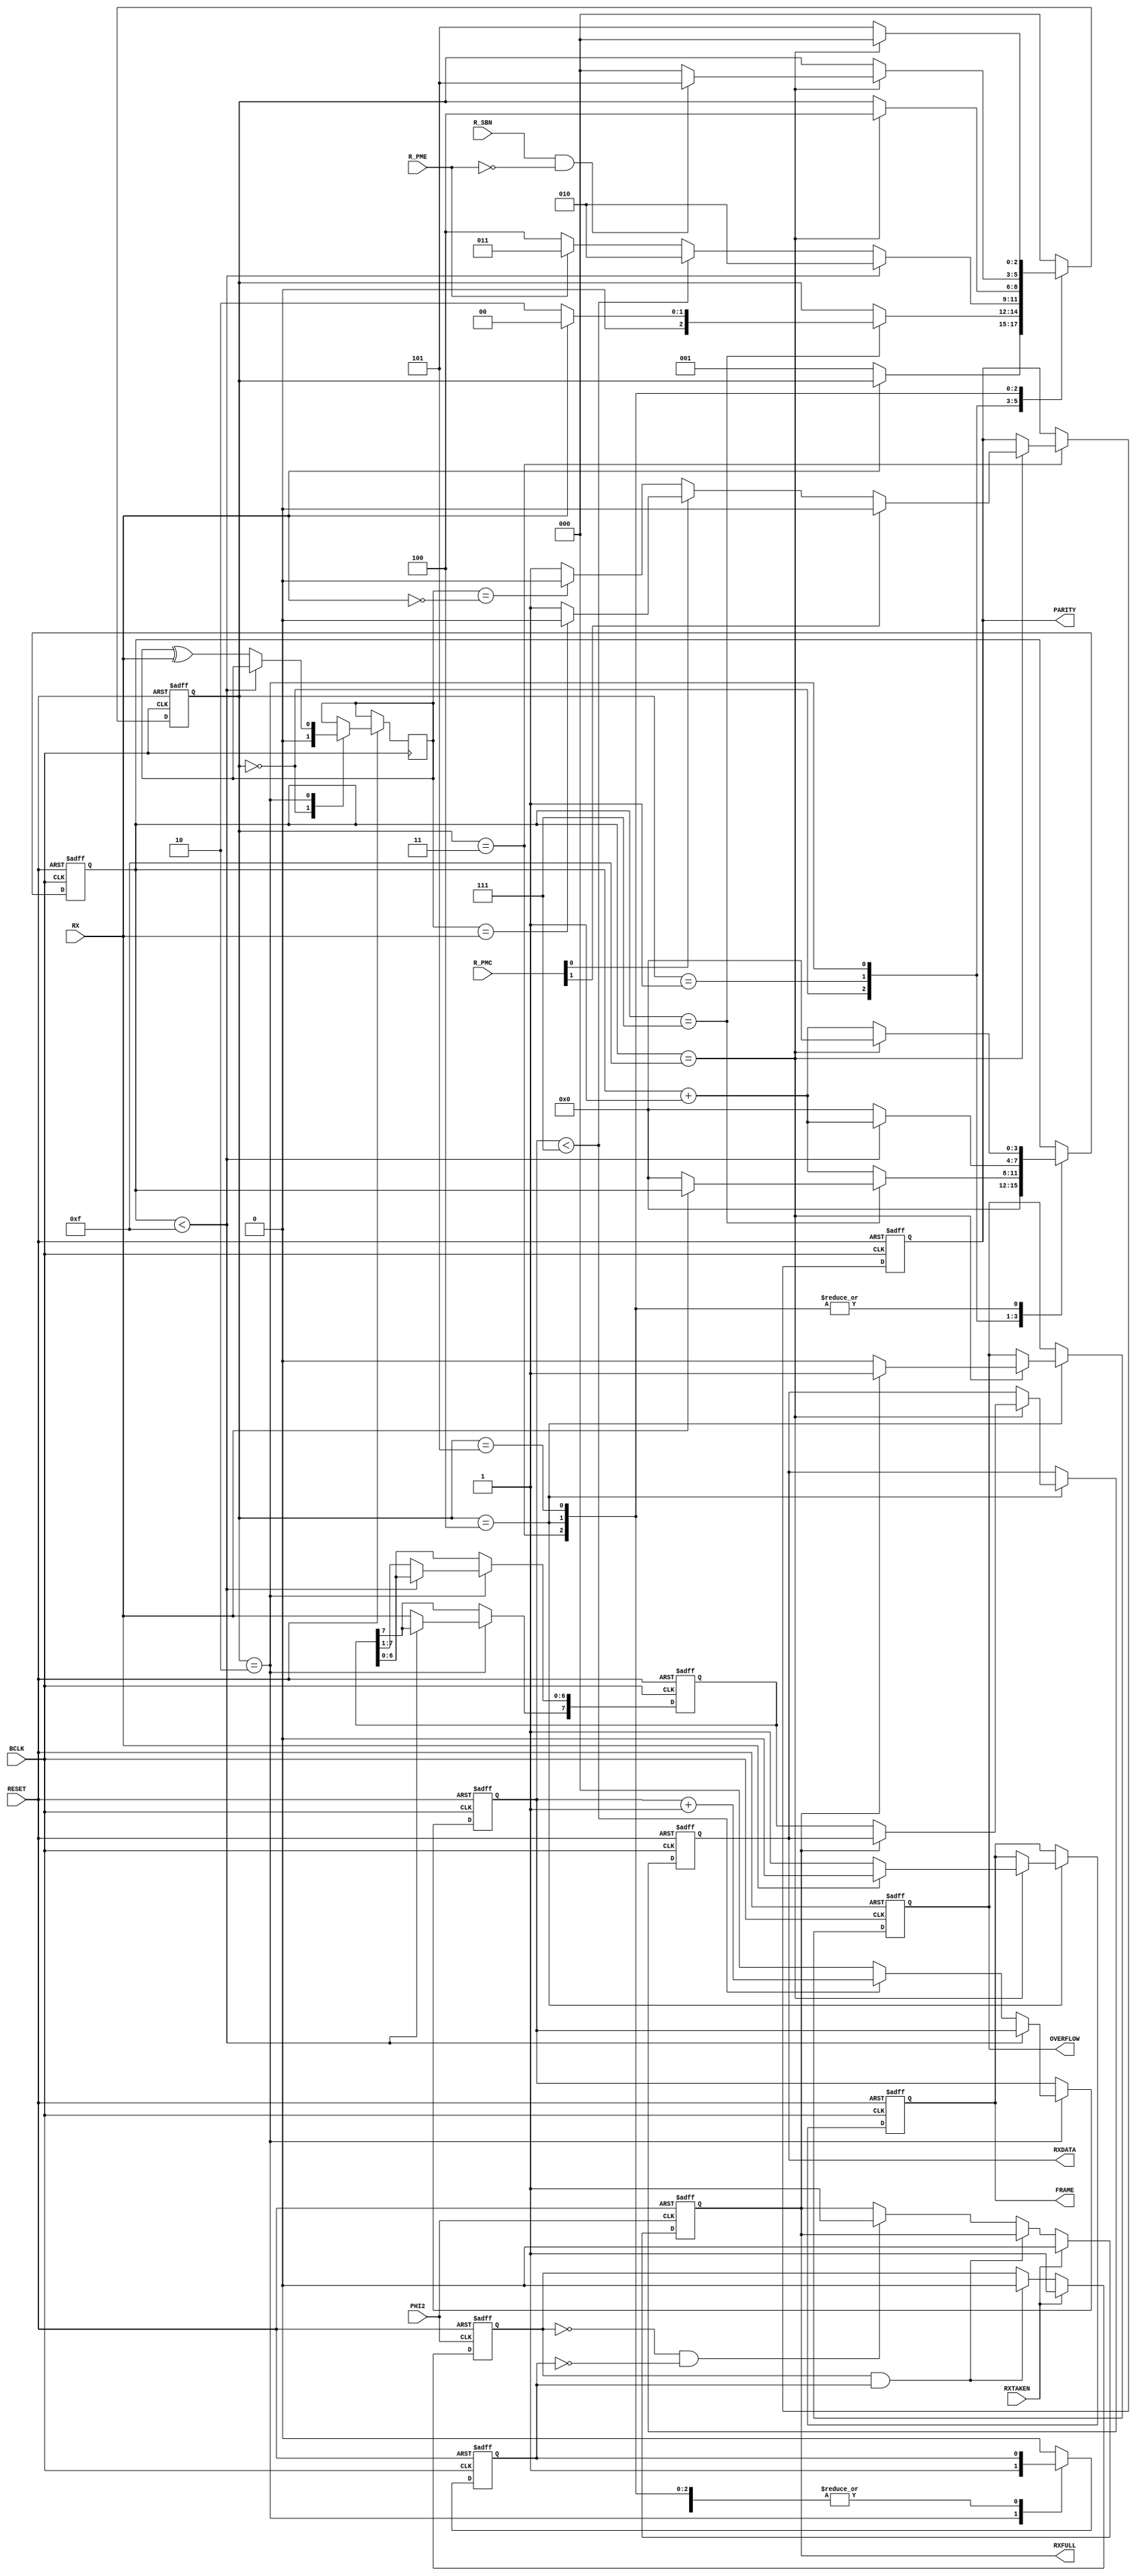
// File ACIA_RX.vhd translated with vhd2vl v3.0 VHDL to Verilog RTL translator
// vhd2vl settings:
//  * Verilog Module Declaration Style: 2001

// vhd2vl is Free (libre) Software:
//   Copyright (C) 2001 Vincenzo Liguori - Ocean Logic Pty Ltd
//     http://www.ocean-logic.com
//   Modifications Copyright (C) 2006 Mark Gonzales - PMC Sierra Inc
//   Modifications (C) 2010 Shankar Giri
//   Modifications Copyright (C) 2002-2017 Larry Doolittle
//     http://doolittle.icarus.com/~larry/vhd2vl/
//   Modifications (C) 2017 Rodrigo A. Melo
//
//   vhd2vl comes with ABSOLUTELY NO WARRANTY.  Always check the resulting
//   Verilog for correctness, ideally with a formal verification tool.
//
//   You are welcome to redistribute vhd2vl under certain conditions.
//   See the license (GPLv2) file included with the source for details.

// The result of translation follows.  Its copyright status should be
// considered unchanged from the original VHDL.

// no timescale needed

module ACIA_RX(
input wire RESET,
input wire PHI2,
input wire BCLK,
input wire RX,
output reg [7:0] RXDATA,
output reg RXFULL,
input wire RXTAKEN,
output reg FRAME,
output reg OVERFLOW,
output reg PARITY,
input wire [1:0] R_PMC,
input wire R_PME,
input wire R_SBN
);




parameter [2:0]
  state_Idle = 0,
  state_Start = 1,
  state_Data = 2,
  state_Parity = 3,
  state_Stop = 4,
  state_Stop2 = 5;

reg [2:0] r_rx_fsm = state_Idle;
reg [3:0] r_clkdiv = 0;
reg [2:0] r_bitcnt = 0;
reg [7:0] r_rx_shiftreg = 8'b00000000;
reg r_rx_parity = 1'b0;
reg r_rxreq = 1'b0;
reg r_rxreceive = 1'b0;

  always @(posedge BCLK, negedge RESET) begin
    if(RESET == 1'b0) begin
      r_clkdiv <= 0;
      r_bitcnt <= 0;
      RXDATA <= {8{1'b0}};
      r_rx_shiftreg <= {8{1'b0}};
      r_rx_fsm <= state_Idle;
      FRAME <= 1'b0;
      OVERFLOW <= 1'b0;
      PARITY <= 1'b0;
      r_rxreceive <= 1'b0;
    end else begin
      case(r_rx_fsm)
      state_Idle : begin
        r_rx_parity <= 1'b0;
        r_rxreceive <= 1'b0;
        r_clkdiv <= 0;
        if(RX == 1'b0) begin
          r_rx_fsm <= state_Start;
        end
      end
      state_Start : begin
        if(r_clkdiv == 7) begin
          if(RX == 1'b0) begin
            r_rx_fsm <= state_Data;
            r_clkdiv <= 0;
          end
          else begin
            r_rx_fsm <= state_Idle;
          end
        end
        else begin
          r_clkdiv <= r_clkdiv + 1'b1;
        end
      end
      state_Data : begin
        r_rxreceive <= 1'b1;
        if(r_clkdiv < 15) begin
          r_clkdiv <= r_clkdiv + 1'b1;
          r_rx_fsm <= state_Data;
        end
        else begin
          r_clkdiv <= 0;
          r_rx_shiftreg[6:0] <= r_rx_shiftreg[7:1];
          r_rx_shiftreg[7] <= RX;
          r_rx_parity <= r_rx_parity ^ RX;
          if(r_bitcnt < 7) begin
            r_bitcnt <= r_bitcnt + 1'b1;
            r_rx_fsm <= state_Data;
          end
          else begin
            r_bitcnt <= 0;
            if(R_PME == 1'b0) begin
              r_rx_fsm <= state_Stop;
            end
            else begin
              r_rx_fsm <= state_Parity;
            end
          end
        end
      end
      state_Parity : begin
        if(r_clkdiv == 15) begin
          if(R_PMC[1] == 1'b1) begin
            // RX Parity ignored
            PARITY <= 1'b0;
          end
          else if(R_PMC[0] == 1'b0) begin
            //- Odd Parity
            if(r_rx_parity == ( ~RX)) begin
              PARITY <= 1'b0;
            end
            else begin
              PARITY <= 1'b1;
            end
          end
          else begin
            // Even Parity
            if(r_rx_parity == RX) begin
              PARITY <= 1'b0;
            end
            else begin
              PARITY <= 1'b1;
            end
          end
          r_clkdiv <= 0;
          r_rx_fsm <= state_Stop;
        end
        else begin
          r_clkdiv <= r_clkdiv + 1'b1;
        end
      end
      state_Stop : begin
        if(r_clkdiv == 15) begin
          if(RX == 1'b0) begin
            FRAME <= 1'b1;
          end
          else begin
            FRAME <= 1'b0;
          end
          if(RXFULL == 1'b1) begin
            OVERFLOW <= 1'b1;
          end
          else begin
            RXDATA <= r_rx_shiftreg;
            OVERFLOW <= 1'b0;
          end
          r_clkdiv <= 0;
          if((R_SBN == 1'b1) && (R_PME == 1'b0)) begin
            r_rx_fsm <= state_Stop2;
          end
          else begin
            r_rx_fsm <= state_Idle;
          end
          r_clkdiv <= 0;
        end
        else begin
          r_clkdiv <= r_clkdiv + 1'b1;
        end
      end
      state_Stop2 : begin
        if(r_clkdiv == 15) begin
          r_clkdiv <= 0;
          r_rx_fsm <= state_Idle;
        end
        else begin
          r_clkdiv <= r_clkdiv + 1'b1;
          r_rx_fsm <= state_Stop2;
        end
      end
      default : begin
        r_rxreceive <= 1'b0;
        r_rx_fsm <= state_Idle;
      end
      endcase
    end
  end

  always @(posedge PHI2, negedge RESET) begin
    if(RESET == 1'b0) begin
      RXFULL <= 1'b0;
      r_rxreq <= 1'b0;
    end else begin
      if(RXTAKEN == 1'b1) begin
        RXFULL <= 1'b0;
        r_rxreq <= 1'b1;
      end
      else if(r_rxreq == 1'b1 && r_rxreceive == 1'b1) begin
        r_rxreq <= 1'b0;
      end
      else if(r_rxreq == 1'b0 && r_rxreceive == 1'b0) begin
        RXFULL <= 1'b1;
      end
    end
  end


endmodule